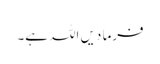
فرما دیں اللہ ہے۔